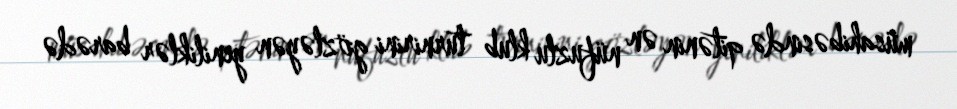
müsahibəsində qitənin ən nüfuzlu klub turnirini gözləyən yeniliklər barədə